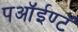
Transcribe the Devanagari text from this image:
पऑईण्टॅ